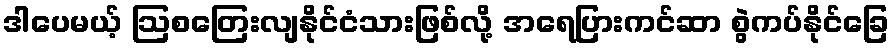
ဒါပေမယ့် ဩစတြေးလျနိုင်ငံသားဖြစ်လို့ အရေပြားကင်ဆာ စွဲကပ်နိုင်ခြေ